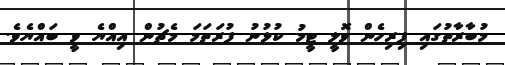
މުބާރާތުގައި ފިރިހެން ވޮލީ ޓީމު ކުޅުނު ފުރަތަމަ މެޗުން އިއްޔެ ވީ ބައްޔެވެ.